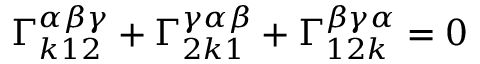
\Gamma _ { k 1 2 } ^ { \alpha \beta \gamma } + \Gamma _ { 2 k 1 } ^ { \gamma \alpha \beta } + \Gamma _ { 1 2 k } ^ { \beta \gamma \alpha } = 0